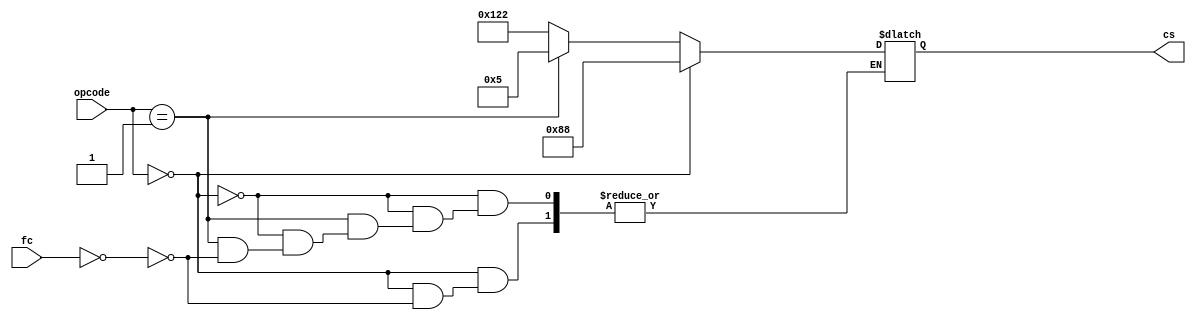
module q2(opcode,fc,cs);
input[1:0] opcode;
input[5:0] fc; 
output[8:0] cs;
reg[8:0] cs;
always @(fc or opcode)
begin
    if(opcode==00) begin
        if(fc==000000)
            cs=9'b010001000; end
    else if (opcode==01) begin
        if(fc==000000)
        cs=9'b000000101; end
    else
        cs=9'b100100010;
end

endmodule